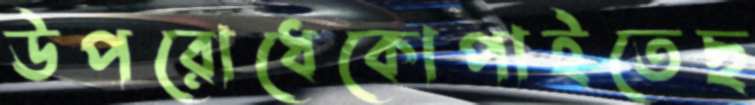
উপরোধেকোপাইতেছ